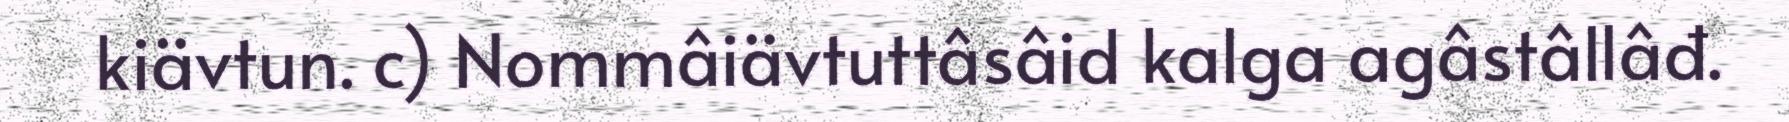
kiävtun. c) Nommâiävtuttâsâid kalga agâstâllâđ.